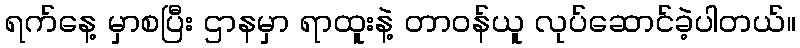
ရက်နေ့ မှာစပြီး ဌာနမှာ ရာထူးနဲ့ တာဝန်ယူ လုပ်ဆောင်ခဲ့ပါတယ်။